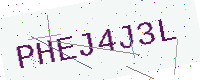
Text: PHEJ4J3L